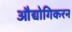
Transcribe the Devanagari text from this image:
औद्योगिकरन